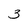
Character: 3